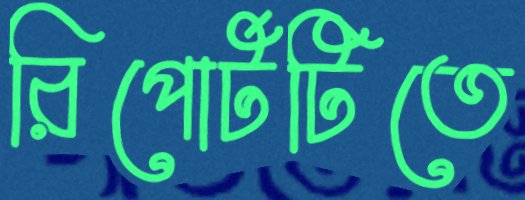
রিপোর্টটিতে